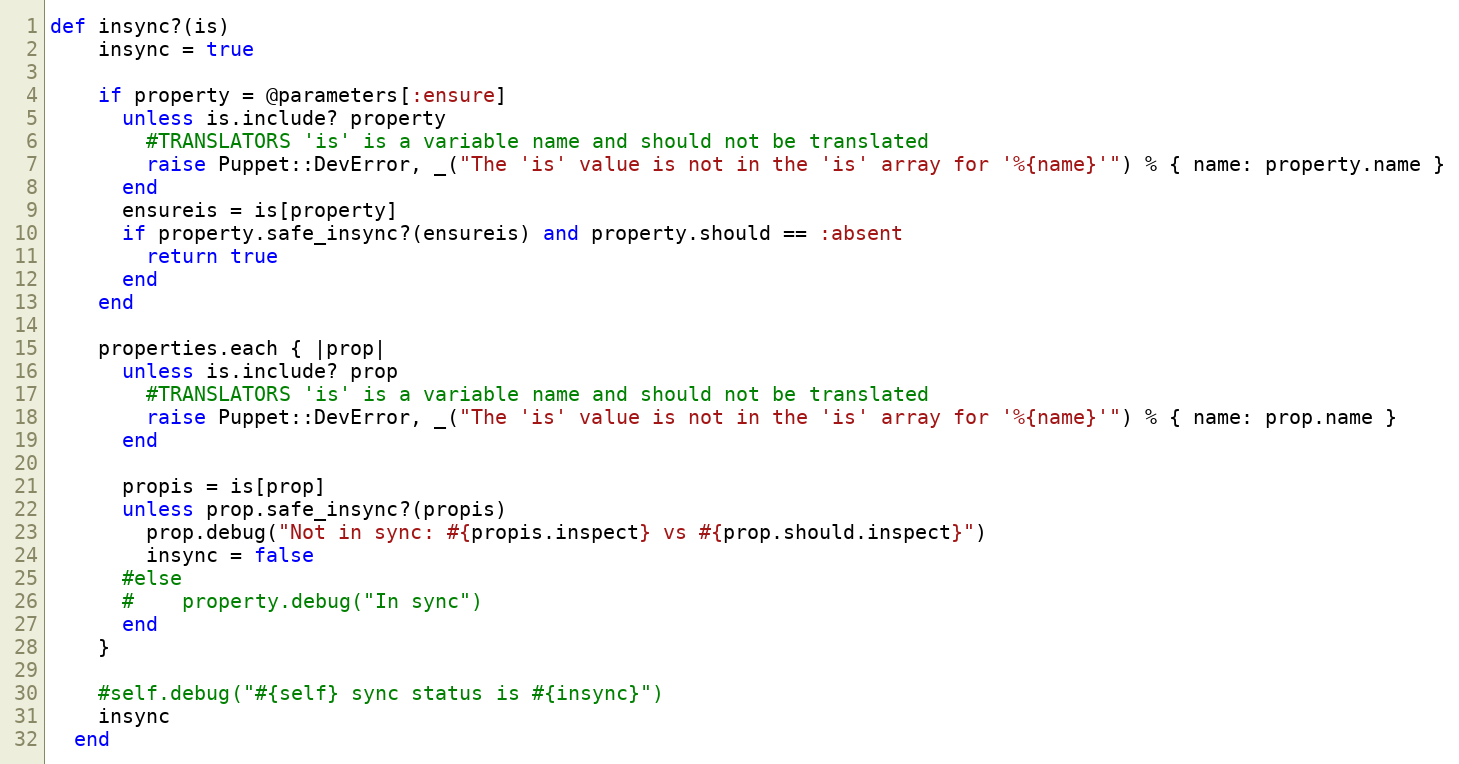
Language: Ruby
def insync?(is)
    insync = true

    if property = @parameters[:ensure]
      unless is.include? property
        #TRANSLATORS 'is' is a variable name and should not be translated
        raise Puppet::DevError, _("The 'is' value is not in the 'is' array for '%{name}'") % { name: property.name }
      end
      ensureis = is[property]
      if property.safe_insync?(ensureis) and property.should == :absent
        return true
      end
    end

    properties.each { |prop|
      unless is.include? prop
        #TRANSLATORS 'is' is a variable name and should not be translated
        raise Puppet::DevError, _("The 'is' value is not in the 'is' array for '%{name}'") % { name: prop.name }
      end

      propis = is[prop]
      unless prop.safe_insync?(propis)
        prop.debug("Not in sync: #{propis.inspect} vs #{prop.should.inspect}")
        insync = false
      #else
      #    property.debug("In sync")
      end
    }

    #self.debug("#{self} sync status is #{insync}")
    insync
  end